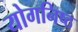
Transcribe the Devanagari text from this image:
योगनिष्ठ